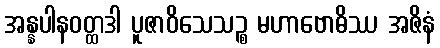
အန္နပါနဝတ္ထဒါ ပူဇာဝိသေသဉ္စ မဟာဗောဓိဿ အဇိနံ